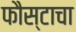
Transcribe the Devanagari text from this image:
फौस्टाचा